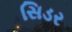
સિડર